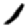
Digit: 1